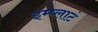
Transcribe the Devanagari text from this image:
इम्प्लाटं